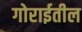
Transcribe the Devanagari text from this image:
गोराईतील